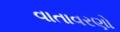
વાતાવરણો